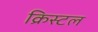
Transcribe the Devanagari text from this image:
क्रिस्‍टल